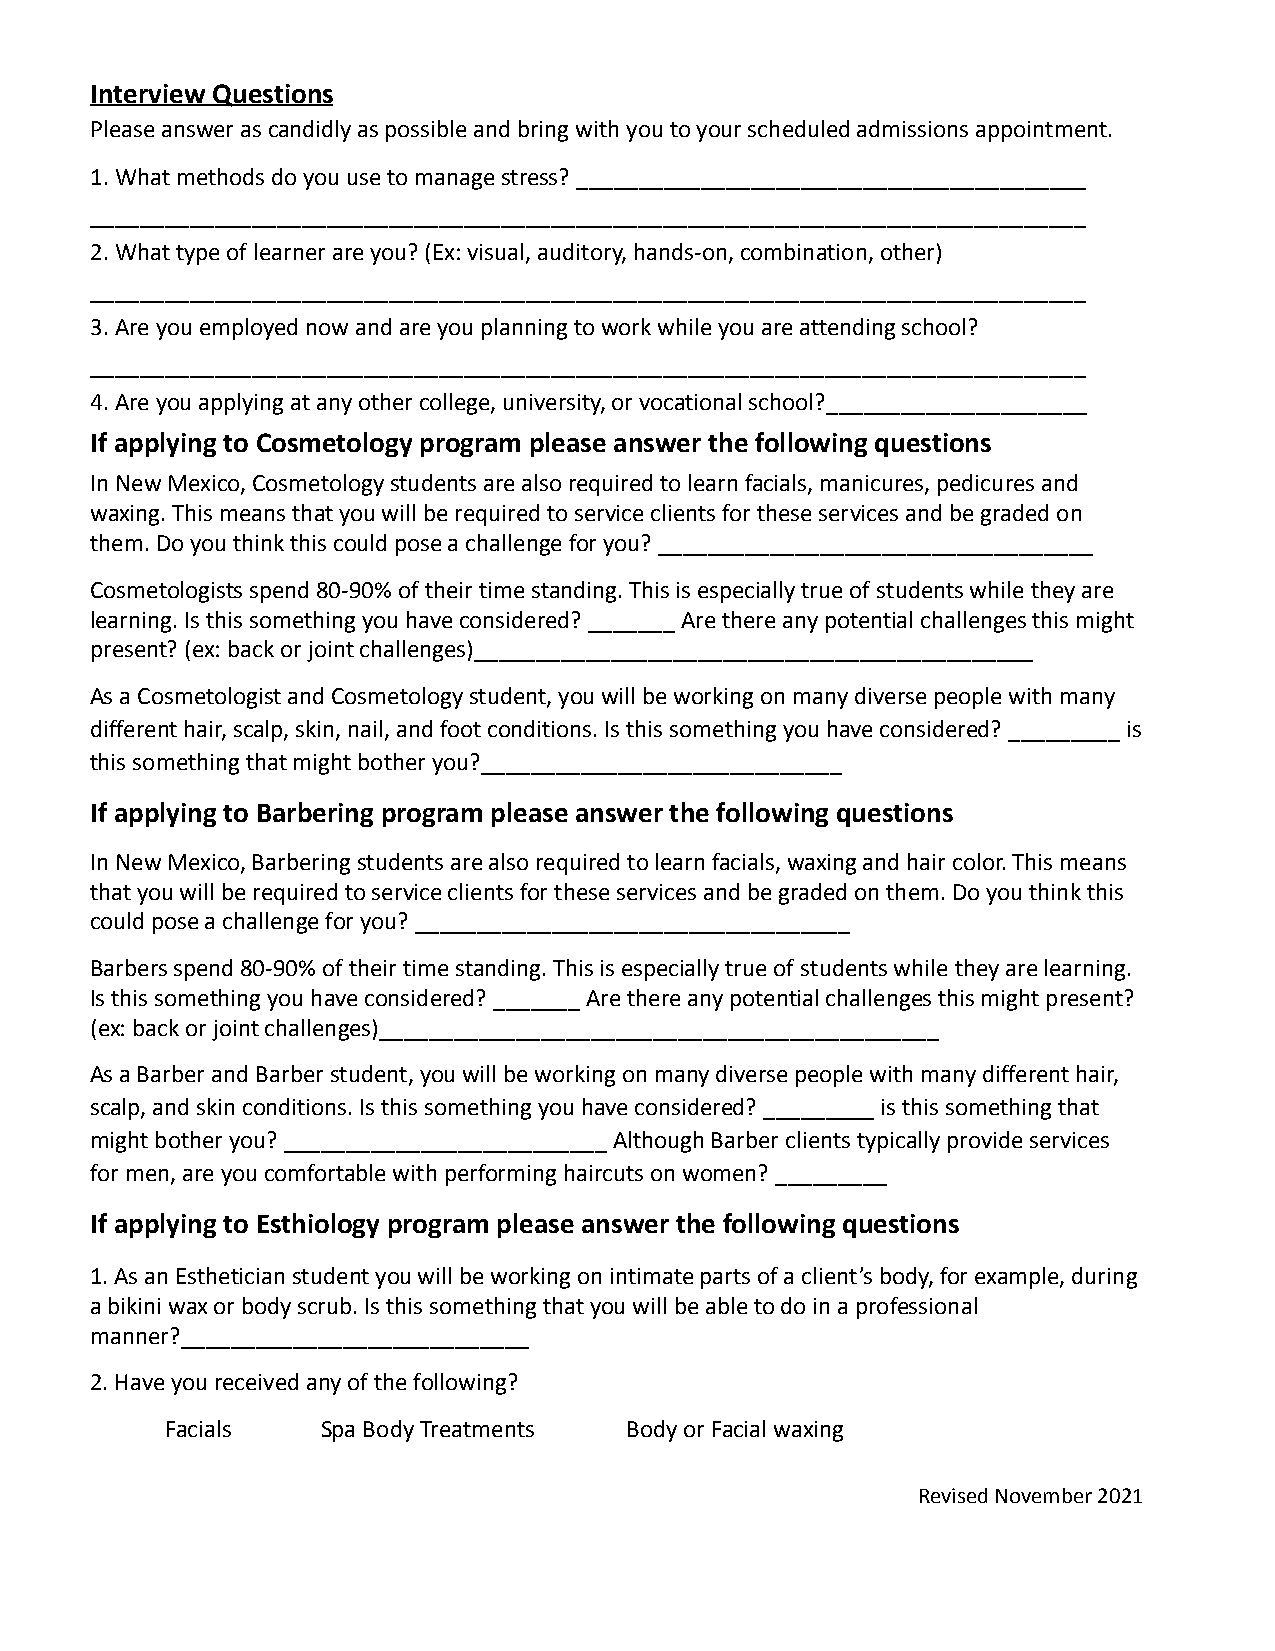
Interview Questions
 Please answer as candidly as possible and bring with you to your scheduled admissions appointment.
 1. What methods do you use to manage stress? _________________________________________
 ________________________________________________________________________________
 2. What type of learner are you? (Ex: visual, auditory, hands-on, combination, other)
 ________________________________________________________________________________
 3. Are you employed now and are you planning to work while you are attending school?
 ________________________________________________________________________________
 4. Are you applying at any other college, university, or vocational school?_____________________
 If applying to Cosmetology program please answer the following questions
 In New Mexico, Cosmetology students are also required to learn facials, manicures, pedicures and
 waxing. This means that you will be required to service clients for these services and be graded on
 them. Do you think this could pose a challenge for you? ___________________________________
 Cosmetologists spend 80-90% of their time standing. This is especially true of students while they are
 learning. Is this something you have considered? _______ Are there any potential challenges this might
 present? (ex: back or joint challenges)_____________________________________________
 As a Cosmetologist and Cosmetology student, you will be working on many diverse people with many
 different hair, scalp, skin, nail, and foot conditions. Is this something you have considered? _________ is
 this something that might bother you?_____________________________
 If applying to Barbering program please answer the following questions
 In New Mexico, Barbering students are also required to learn facials, waxing and hair color. This means
 that you will be required to service clients for these services and be graded on them. Do you think this
 could pose a challenge for you? ___________________________________
 Barbers spend 80-90% of their time standing. This is especially true of students while they are learning.
 Is this something you have considered? _______ Are there any potential challenges this might present?
 (ex: back or joint challenges)_____________________________________________
 As a Barber and Barber student, you will be working on many diverse people with many different hair,
 scalp, and skin conditions. Is this something you have considered? _________ is this something that
 might bother you? __________________________ Although Barber clients typically provide services
 for men, are you comfortable with performing haircuts on women? _________
 If applying to Esthiology program please answer the following questions
 1. As an Esthetician student you will be working on intimate parts of a client’s body, for example, during
 a bikini wax or body scrub. Is this something that you will be able to do in a professional
 manner?____________________________
 2. Have you received any of the following?
 Facials   Spa Body Treatments Body or Facial waxing
 Revised November 2021